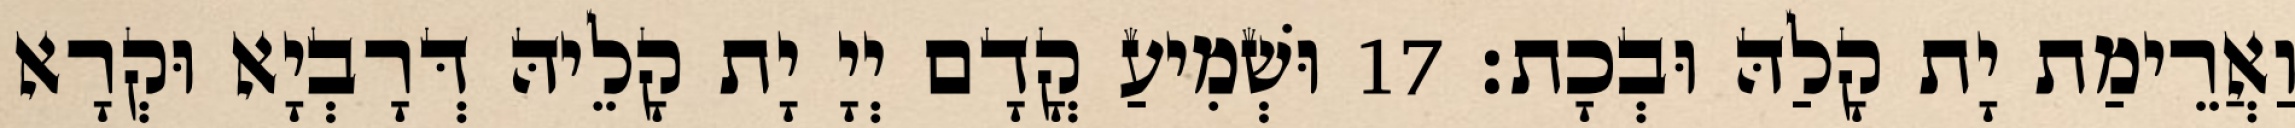
וַאֲרֵימַת יָת קָלַהּ וּבְכָת׃ 17 וּשְׁמִיעַ קֳדָם יְיָ יָת קָלֵיהּ דְּרָבְיָא וּקְרָא